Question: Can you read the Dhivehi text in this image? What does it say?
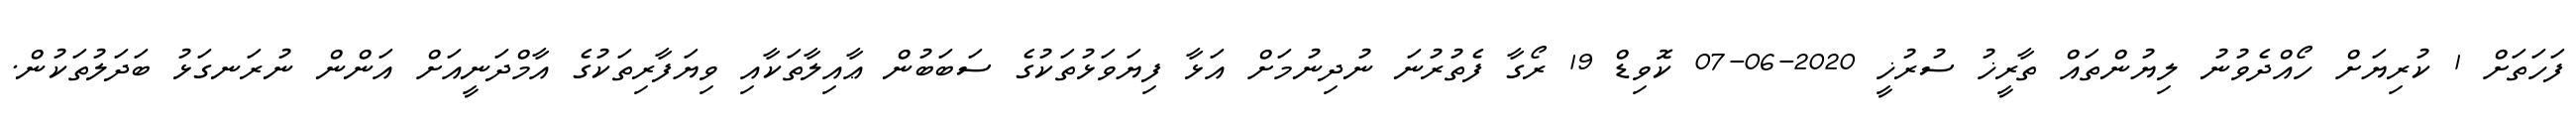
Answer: ފަހަތަށް 1 ކުރިޔަށް ހޯއްދެވުނު ލިޔުންތައް ތާރީޚު ސުރުޚީ 2020-06-07 ކޮވިޑް 19 ރޯގާ ފެތުރުނަ ނުދިނުމަށް އަޅާ ފިޔަވަޅުތަކުގެ ސަބަބުން ޢާއިލާތަކާއި ވިޔަފާރިތަކުގެ އާމްދަނީއަށް އަންން ނުރަނގަޅު ބަދަލުތަކުން.